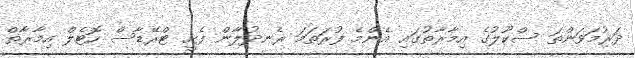
ދަރުމަވަންތަ ސްކޫލުގެ އިމާރާތުގައި އެންމެ ފުރަތަމަ ރެނދުލާން ފެށީ ޓްރޭޑާސް ހޮޓެލް އިމާރާތް